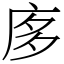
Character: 㢁